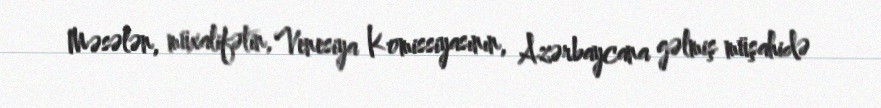
Məsələn, müxalifətin, Venesiya Komissiyasının, Azərbaycana gəlmiş müşahidə